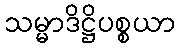
သမ္မာဒိဋ္ဌိပစ္စယာ